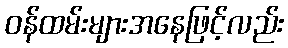
ဝန်ထမ်းများအနေဖြင့်လည်း